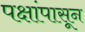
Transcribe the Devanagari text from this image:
पक्षांपासून